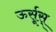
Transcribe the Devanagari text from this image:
ऊर्सूस्